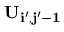
\bf { U } _ { i ^ { \prime } , j ^ { \prime } - 1 }